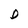
Character: D